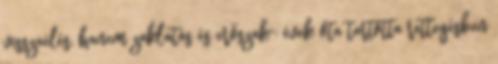
visszaélés, hanem zaklatás és erőszak": évek óta tartotta rettegésben